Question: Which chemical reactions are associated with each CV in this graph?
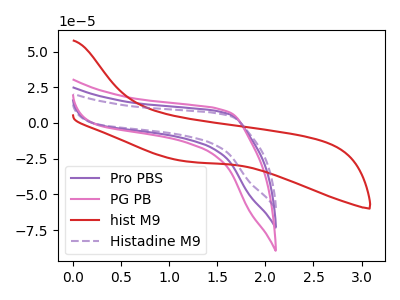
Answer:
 <answer>The purple curve is labeled "Pro PBS". The pink curve is labeled "PG PB". The red curve is labeled "hist M9". The purple dashed curve is labeled "Histadine M9".</answer>
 <eval></eval>